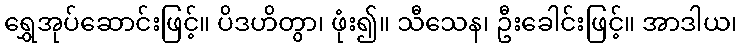
ရွှေအုပ်ဆောင်းဖြင့်။ ပိဒဟိတွာ၊ ဖုံး၍။ သီသေန၊ ဦးခေါင်းဖြင့်။ အာဒါယ၊